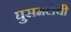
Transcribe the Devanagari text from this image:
घुसमटीची